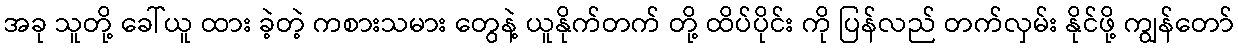
အခု သူတို့ ခေါ်ယူ ထား ခဲ့တဲ့ ကစားသမား တွေနဲ့ ယူနိုက်တက် တို့ ထိပ်ပိုင်း ကို ပြန်လည် တက်လှမ်း နိုင်ဖို့ ကျွန်တော်